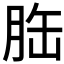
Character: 𦚥